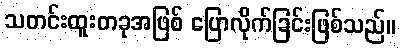
သတင်းထူးတခုအဖြစ် ပြောလိုက်ခြင်းဖြစ်သည်။